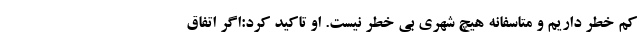
کم خطر داریم و متاسفانه هیچ شهری بی خطر نیست. او تاکید کرد:اگر اتفاق